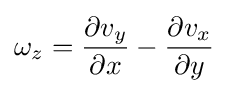
\omega _{z}={\frac {\partial v_{y}}{\partial x}}-{\frac {\partial v_{x}}{\partial y}}